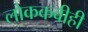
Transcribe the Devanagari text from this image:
लोककवीही